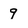
Character: 9